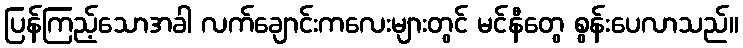
ပြန်ကြည့်သောအခါ လက်ချောင်းကလေးများတွင် မင်နီတွေ စွန်းပေလာသည်။